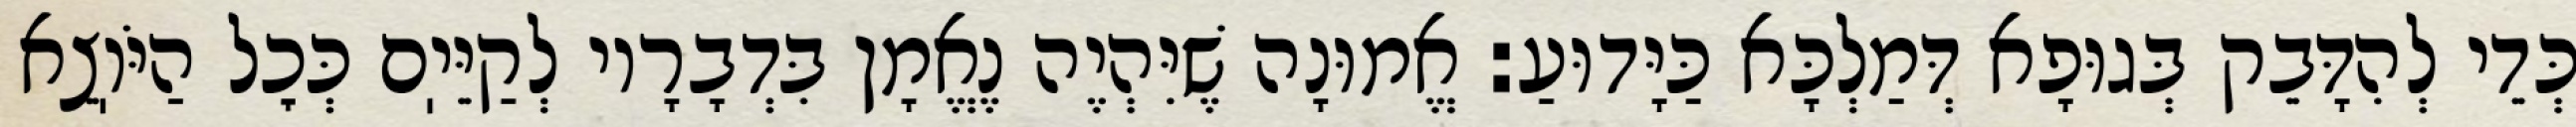
כְּדֵי לְהִדָּבֵק בְּגוּפָא דְּמַלְכָּא כַּיָּדוּעַ: אֱמוּנָה שֶׁיִּהְיֶה נֶאֱמָן בִּדְבָרָיו לְקַיֵּיֽם כְּכׇל הַיֹּוֽצֵא